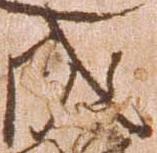
成